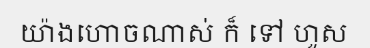
យ៉ាងហោចណាស់ ក៏ ទៅ ហួស